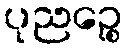
ပုညဉ္စေ